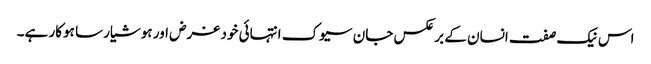
اس نیک صفت انسان کے بر عکس جان سیوک انتہائی خود غرض اور ہوشیار سا ہوکار ہے۔